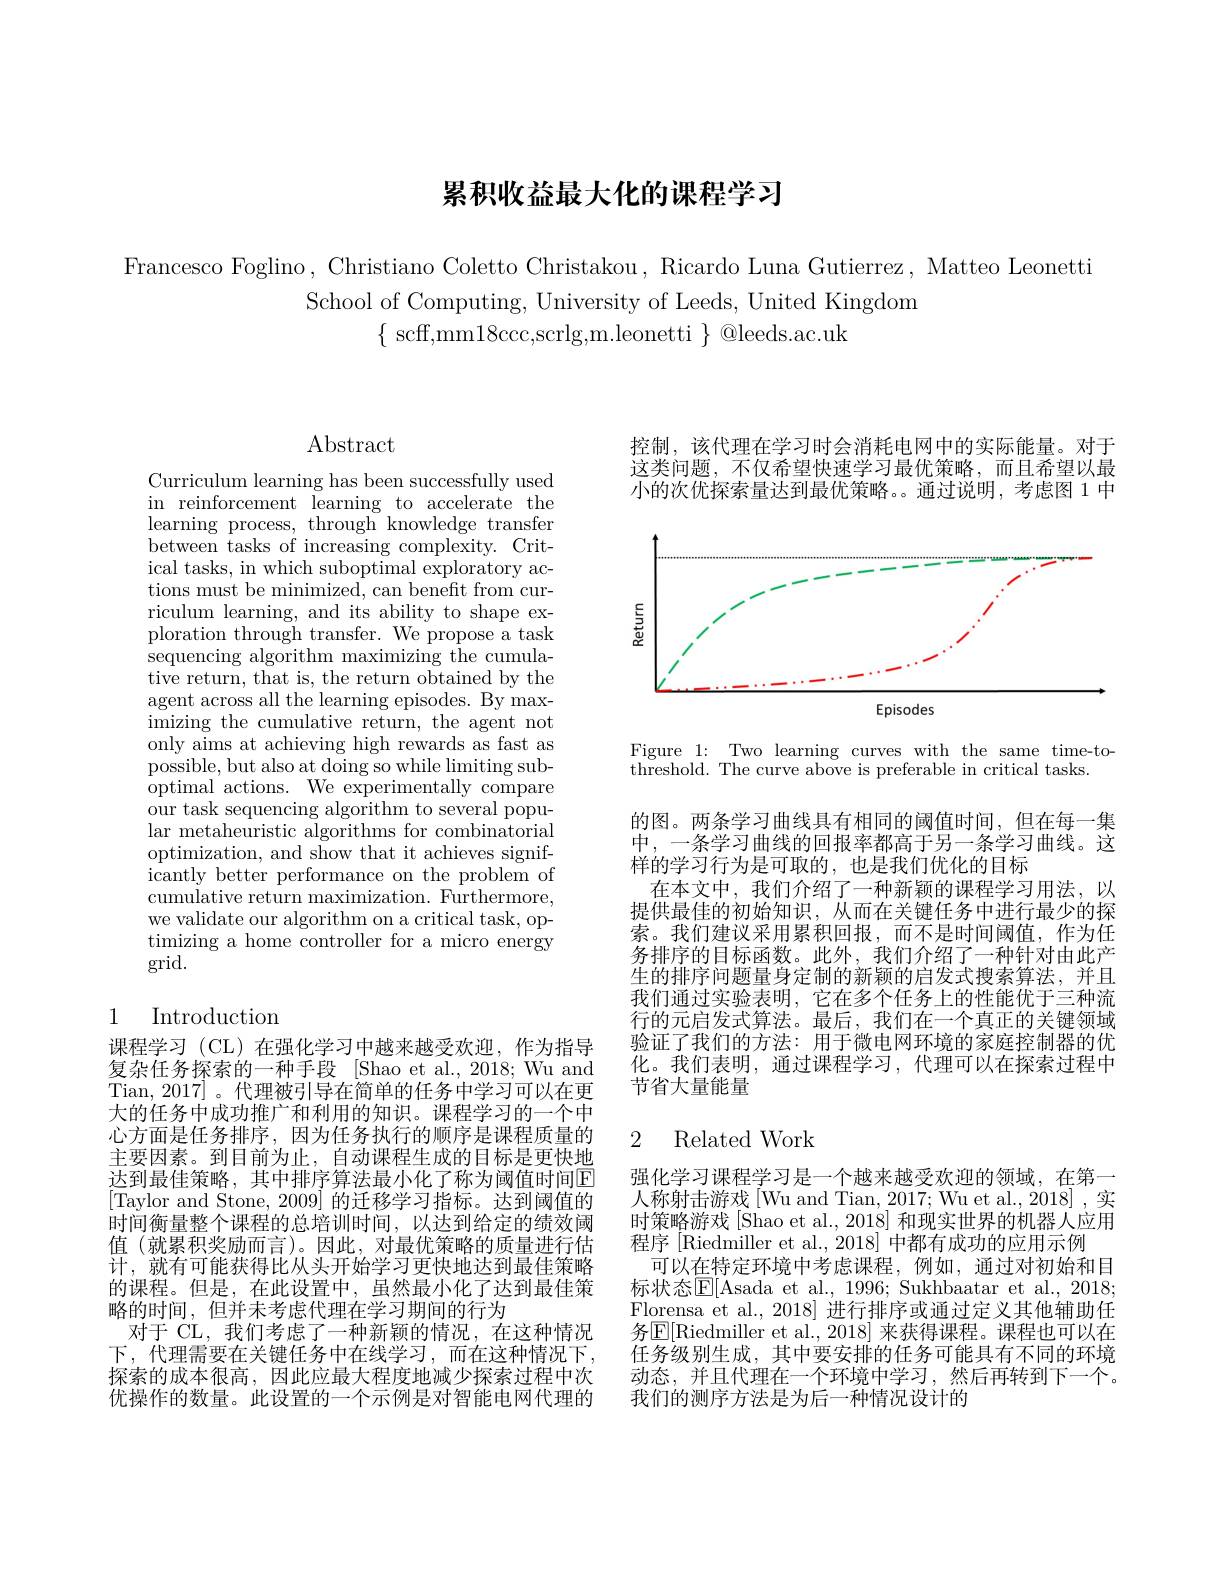
# 累积收益最大化的课程学习

Francesco Foglino, Christiano Coletto Christakou, Ricardo Luna Gutierrez, Matteo Leonetti
School of Computing, University of Leeds, United Kingdom
$\{$ scff,mm18ccc,scrlg,m.leonetti $\}$ @leeds.ac.uk

$\operatorname{Abstract}$

Curriculum learning has been successfully used in reinforcement learning to accelerate the learning process, through knowledge transfer between tasks of increasing complexity. Critical tasks, in which suboptimal exploratory actions must be minimized, can beneft from curriculum learning, and its ability to shape exploration through transfer. We propose a task sequencing algorithm maximizing the cumulative return, that is, the return obtained by the agent across all the learning episodes. By maximizing the cumulative return, the agent not only aims at achieving high rewards as fast as possible, but also at doing so while limiting suboptimal actions. We experimentally compare our task sequencing algorithm to several popular metaheuristic algorithms for combinatorial optimization, and show that it achieves significantly better performance on the problem of cumulative return maximization. Furthermore, we validate our algorithm on a critical task, optimizing a home controller for a micro energy grid.

## 1 Introduction

课程学习 (CL) 在强化学习中越来越受欢迎，作为指导复杂任务探索的一种手段 [Shao et al.,2018;Wu and Tian, 2017]。代理被引导在简单的任务中学习可以在更大的任务中成功推广和利用的知识。课程学习的一个中心方面是任务排序，因为任务执行的顺序是课程质量的主要因素。到目前为止，自动课程生成的目标是更快地达到最佳策略，其中排序算法最小化了称为阈值时间E [Taylor and Stone, 2009] 的迁移学习指标。达到阈值的时间衡量整个课程的总培训时间，以达到给定的绩效阈值 (就累积奖励而言)。因此，对最优策略的质量进行估计，就有可能获得比从头开始学习更快地达到最佳策略的课程。但是，在此设置中，虽然最小化了达到最佳策略的时间，但并未考虑代理在学习期间的行为
对于 CL, 我们考虑了一种新颖的情况，在这种情况下，代理需要在关键任务中在线学习，而在这种情况下， 探索的成本很高，因此应最大程度地减少探索过程中次优操作的数量。此设置的一个示例是对智能电网代理的

控制，该代理在学习时会消耗电网中的实际能量。对于这类问题，不仅希望快速学习最优策略，而且希望以最小的次优探索量达到最优策略。。通过说明，考虑图 1 中

<FigureHere>

Figure 1: Two learning curves with the same time-to-
threshold. The curve above is preferable in critical tasks.

的图。两条学习曲线具有相同的阈值时间，但在每一集中，一条学习曲线的回报率都高于另一条学习曲线。这样的学习行为是可取的，也是我们优化的目标
在本文中，我们介绍了一种新颖的课程学习用法，以提供最佳的初始知识，从而在关键任务中进行最少的探索。我们建议采用累积回报，而不是时间阈值，作为任务排序的目标函数。此外，我们介绍了一种针对由此产生的排序问题量身定制的新颖的启发式搜索算法，并且我们通过实验表明，它在多个任务上的性能优于三种流行的元启发式算法。最后，我们在一个真正的关键领域验证了我们的方法：用于微电网环境的家庭控制器的优化。我们表明，通过课程学习，代理可以在探索过程中节省大量能量

### 2 Related Work

强化学习课程学习是一个越来越受欢迎的领域，在第一人称射击游戏[Wu and Tian, 2017; Wu et al., 2018] , 实时策略游戏 [Shao et al., 2018] 和现实世界的机器人应用程序 [Riedmiller et al., 2018] 中都有成功的应用示例
可以在特定环境中考虑课程，例如，通过对初始和目标状态$\mathbb{E}[$Asada et al., 1996; Sukhbaatar et al., 2018; Florensa et al., 2018] 进行排序或通过定义其他辅助任务$\mathbb{E}[$Riedmiller et al., 2018] 来获得课程。课程也可以在任务级别生成，其中要安排的任务可能具有不同的环境动态，并且代理在一个环境中学习，然后再转到下一个。我们的测序方法是为后一种情况设计的